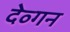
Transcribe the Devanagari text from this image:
देव्गन